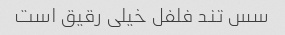
سس تند فلفل خیلی رقیق است